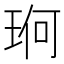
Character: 𮴛